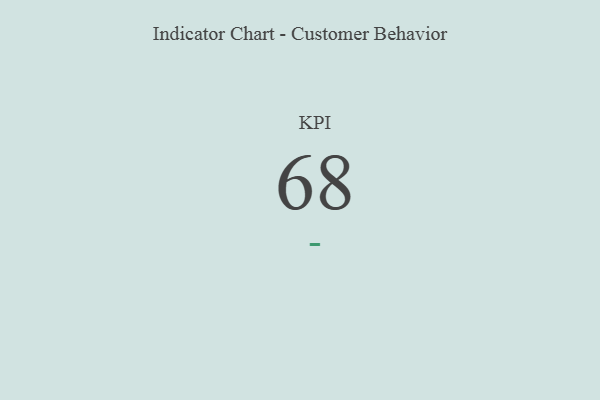
{"axis": {"x": "KPI", "y": "Value"}, "legend": [""], "data": [{"x": "KPI", "y": 68, "type": ""}]}